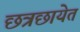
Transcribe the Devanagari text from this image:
छत्रछायेत